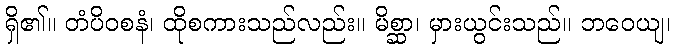
ရှိ၏။ တံပိဝစနံ၊ ထိုစကားသည်လည်း။ မိစ္ဆာ၊ မှားယွင်းသည်။ ဘဝေယျ၊